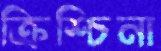
ক্রিশ্চিনা